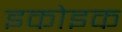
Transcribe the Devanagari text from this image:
इकोइक